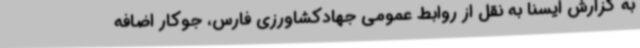
به گزارش ایسنا به نقل از روابط عمومی جهادکشاورزی فارس، جوکار اضافه